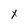
Character: x